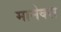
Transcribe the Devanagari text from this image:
मानेक्स